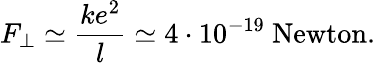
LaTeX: F_{\perp}\simeq\frac{ke^{2}}{l}\simeq 4\cdot 10^{-19}~\mathrm{Newton}.